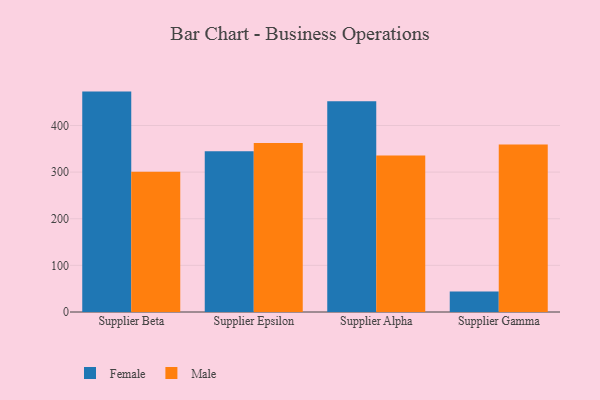
{"axis": {"x": "Supplier", "y": "Churn Rate (%)"}, "legend": ["Female", "Male"], "data": [{"x": "Supplier Beta", "y": 472.7, "type": "Female"}, {"x": "Supplier Beta", "y": 300.7, "type": "Male"}, {"x": "Supplier Epsilon", "y": 345.0, "type": "Female"}, {"x": "Supplier Epsilon", "y": 362.5, "type": "Male"}, {"x": "Supplier Alpha", "y": 452.2, "type": "Female"}, {"x": "Supplier Alpha", "y": 335.5, "type": "Male"}, {"x": "Supplier Gamma", "y": 43.7, "type": "Female"}, {"x": "Supplier Gamma", "y": 359.4, "type": "Male"}]}